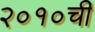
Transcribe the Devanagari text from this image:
२०१०ची